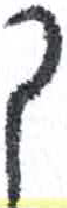
אות: כ